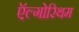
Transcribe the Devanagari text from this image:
ऍल्गोरिथम